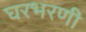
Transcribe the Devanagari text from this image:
घरभरणी